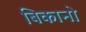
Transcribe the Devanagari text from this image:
बिकानो